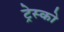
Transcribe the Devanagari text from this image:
ट्रेस्को